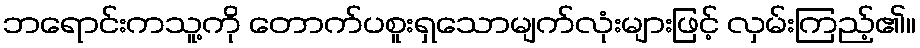
ဘရောင်းကသူ့ကို တောက်ပစူးရှသောမျက်လုံးများဖြင့် လှမ်းကြည့်၏။